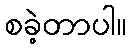
စခဲ့တာပါ။